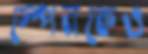
স্পেনকেও